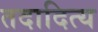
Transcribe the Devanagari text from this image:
तदादित्य